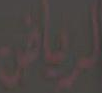
الرياض